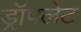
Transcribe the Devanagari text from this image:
ड्रॉपलेट